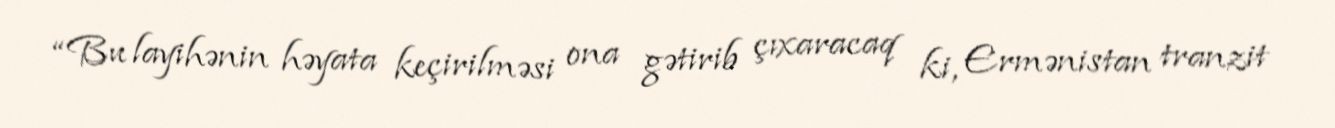
“Bu layihənin həyata keçirilməsi ona gətirib çıxaracaq ki, Ermənistan tranzit